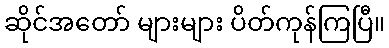
ဆိုင်အတော် များများ ပိတ်ကုန်ကြပြီ။